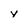
Character: Y